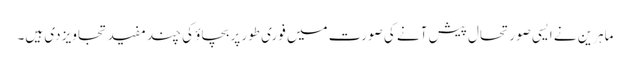
ماہرین نے ایسی صورتحال پیش آنے کی صورت میں فوری طور پر بچاؤ کی چند مفید تجاویز دی ہیں۔